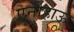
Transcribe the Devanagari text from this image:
एनीहाऊ